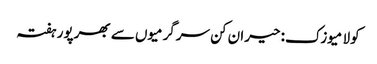
کولا میوزک: حیران کن سرگرمیوں سے بھرپور ہفتہ